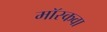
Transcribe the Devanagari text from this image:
मॉस्कवा